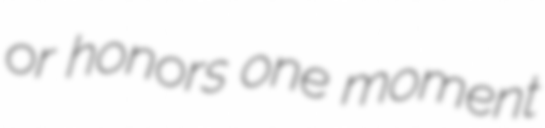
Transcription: or honors one moment